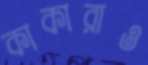
কাকারাও